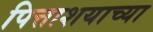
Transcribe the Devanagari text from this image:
पित्ताशयाच्या